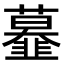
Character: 𩐍